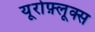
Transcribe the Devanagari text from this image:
यूरोफ़्लूक्स